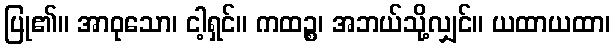
ပြု၏။ အာဝုသော၊ ငါ့ရှင်။ ကထဉ္စ၊ အဘယ်သို့လျှင်။ ယထာယထာ၊